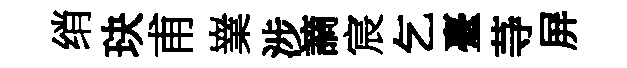
绡玦甫嶪涉謫宸乞臺䒭屏